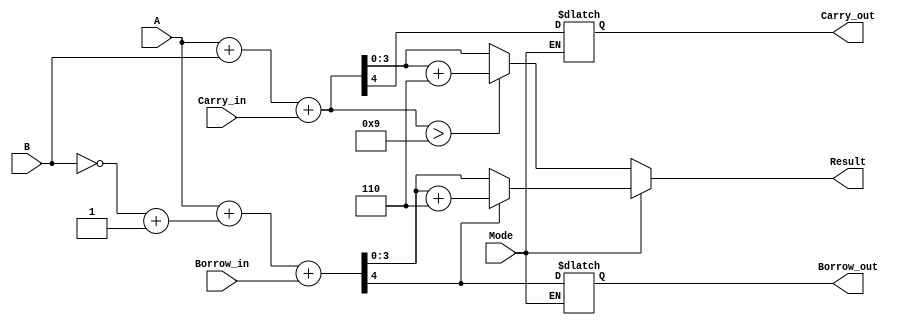
module BCD_Add_Subtracter (
    input  wire [3:0] A,          // First BCD digit (4 bits)
    input  wire [3:0] B,          // Second BCD digit (4 bits)
    input  wire Mode,             // Control signal: 0 for addition, 1 for subtraction
    input  wire Carry_in,         // Carry input for addition
    input  wire Borrow_in,        // Borrow input for subtraction
    output reg  [3:0] Result,     // Result BCD digit (4 bits)
    output reg  Carry_out,        // Carry output for addition
    output reg  Borrow_out        // Borrow output for subtraction
);

    wire [4:0] Sum;               // 5-bit sum to accommodate carry
    wire [4:0] Sub;               // 5-bit result for subtraction
    wire [3:0] B_TwoComp;         // Two's complement of B

    // Calculate two's complement of B
    assign B_TwoComp = ~B + 4'b0001;

    // Perform addition
    assign Sum = A + B + Carry_in;

    // Perform subtraction
    assign Sub = A + B_TwoComp + Borrow_in;

    // Handle addition
    always @(*) begin
        if (Mode == 0) begin // Addition
            Result = Sum[3:0]; // Lower 4 bits of the sum
            Carry_out = Sum[4]; // Carry out is the 5th bit
            // BCD correction if sum exceeds 9
            if (Sum > 4'b1001) begin
                Result = Result + 4'b0110; // Add 6
            end
        end else begin // Mode == 1
            // Handle subtraction
            Result = Sub[3:0]; // Lower 4 bits of the subtraction
            Borrow_out = Sub[4]; // Borrow out is the 5th bit from addition of B's two's complement
            // BCD correction for negative result
            if (Sub[4] == 1'b1) begin // If negative result (borrow occurs)
                Result = Result + 4'b0110; // Add 6 for correction
            end
        end
    end

endmodule